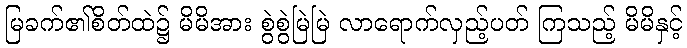
မြခက်၏စိတ်ထဲ၌ မိမိအား စွဲစွဲမြဲမြဲ လာရောက်လှည့်ပတ် ကြသည့် မိမိနှင့်